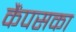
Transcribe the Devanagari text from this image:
कैंपसका